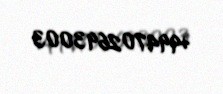
+994702693003